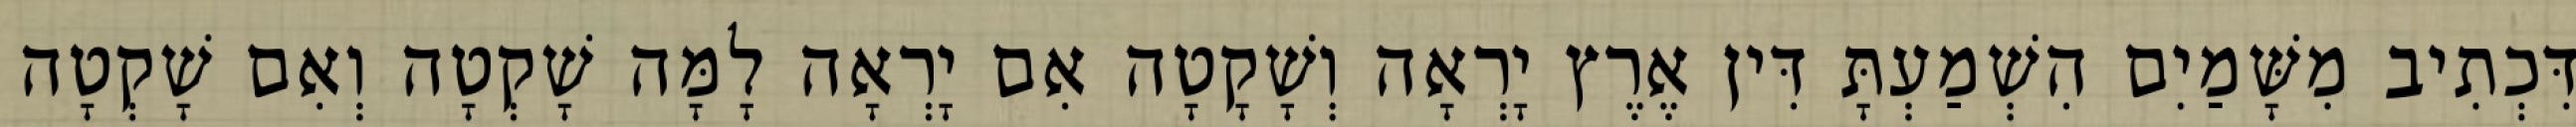
דִּכְתִיב מִשָּׁמַיִם הִשְׁמַעְתָּ דִּין אֶרֶץ יָרְאָה וְשָׁקָטָה אִם יָרְאָה לָמָּה שָׁקְטָה וְאִם שָׁקְטָה